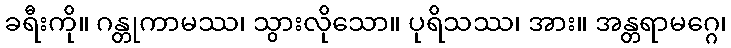
ခရီးကို။ ဂန္တုကာမဿ၊ သွားလိုသော။ ပုရိသဿ၊ အား။ အန္တရာမဂ္ဂေ၊